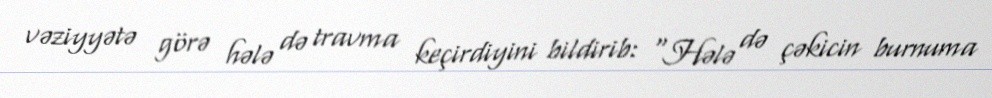
vəziyyətə görə hələ də travma keçirdiyini bildirib: "Hələ də çəkicin burnuma